Annual statistical returns and brief notes on vaccination in Bengal - 1887-1898
Year: 1887
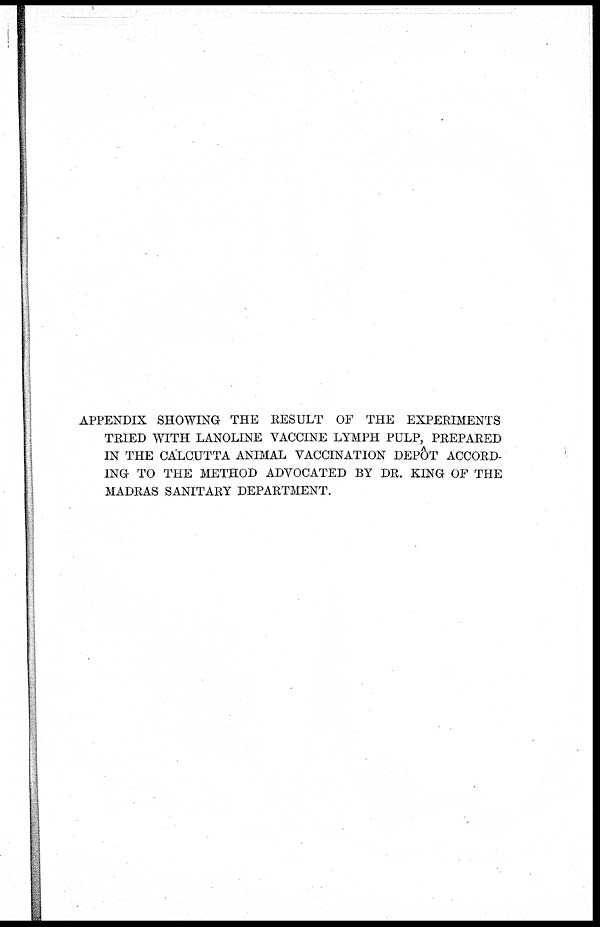
APPENDIX SHOWING THE RESULT OF THE EXPERIMENTS
TRIED WITH LANOLINE VACCINE LYMPH PULP, PREPARED
IN THE CALCUTTA ANIMAL VACCINATION DEPOT ACCORD-
ING TO THE METHOD ADVOCATED BY DR. KING OF THE
MADRAS SANITARY DEPARTMENT.